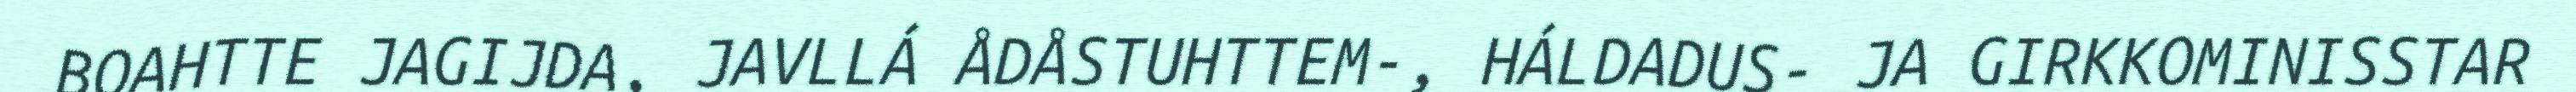
BOAHTTE JAGIJDA, JAVLLÁ ÅDÅSTUHTTEM-, HÁLDADUS- JA GIRKKOMINISSTAR